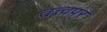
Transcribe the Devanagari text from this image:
तत्त्वपर